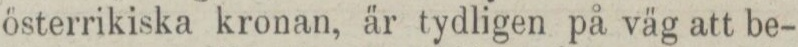
österrikiska kronan, är tydligen på väg att be-